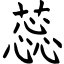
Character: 蕊